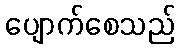
ပျောက်စေသည်